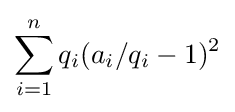
\sum _{i=1}^{n}q_{i}(a_{i}/q_{i}-1)^{2}